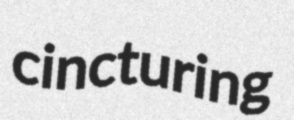
cincturing